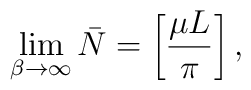
\lim _{\beta \rightarrow \infty} \bar{N}=\left[ {{\mu L}\over{\pi }} \right] ,